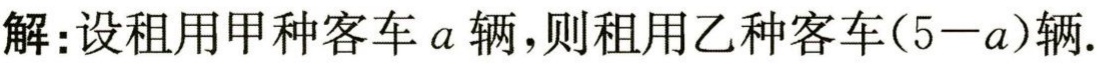
解：设租用甲种客车\(a\)辆，则租用乙种客车\((5 - a)\)辆.